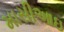
માસીઆઇ